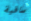
ساقية